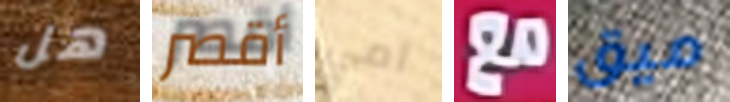
هل أقصر أمي مع ميق